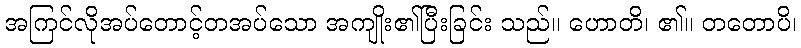
အကြင်လိုအပ်တောင့်တအပ်သော အကျိုး၏ပြီးခြင်း သည်။ ဟောတိ၊ ၏။ တတောပိ၊